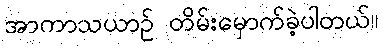
အာကာသယာဉ် တိမ်းမှောက်ခဲ့ပါတယ်။